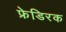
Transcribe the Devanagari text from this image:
फ्रेडिरक